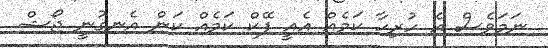
ނަމަވެސް އެ ހުރިހާ ކަމެއް އެއީ ފޭކް ކަމެއް ކަން އެނގުނީ ޖޯޝް